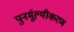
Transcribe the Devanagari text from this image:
पुनर्मूल्यीकरण